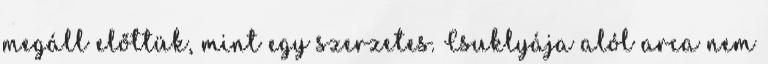
megáll előttük, mint egy szerzetes. Csuklyája alól arca nem